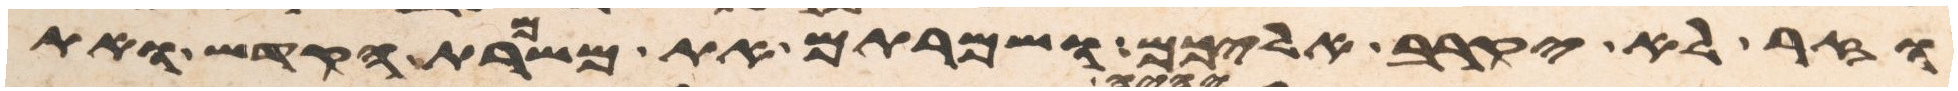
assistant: וזר לא יקרב אליכם ושמרתם את משמרת הקדש ואת